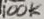
Text: 100K